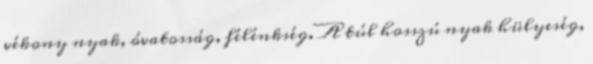
vékony nyak, óvatosság, félénkség. A túl hosszú nyak hülyeség,